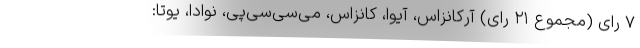
۷ رای (مجموع ۲۱ رای) آرکانزاس، آیوا، کانزاس، می‌سی‌سی‌پی، نوادا، یوتا: